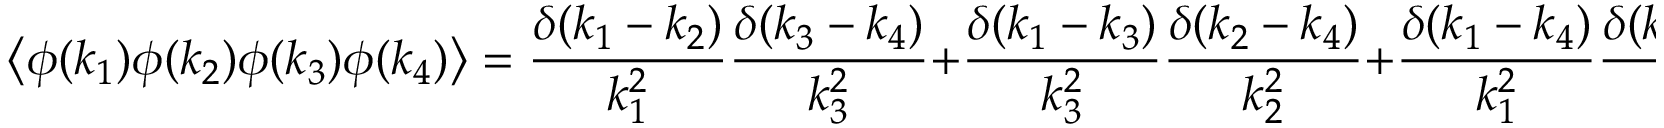
\left\langle \phi ( k _ { 1 } ) \phi ( k _ { 2 } ) \phi ( k _ { 3 } ) \phi ( k _ { 4 } ) \right\rangle = { \frac { \delta ( k _ { 1 } - k _ { 2 } ) } { k _ { 1 } ^ { 2 } } } { \frac { \delta ( k _ { 3 } - k _ { 4 } ) } { k _ { 3 } ^ { 2 } } } + { \frac { \delta ( k _ { 1 } - k _ { 3 } ) } { k _ { 3 } ^ { 2 } } } { \frac { \delta ( k _ { 2 } - k _ { 4 } ) } { k _ { 2 } ^ { 2 } } } + { \frac { \delta ( k _ { 1 } - k _ { 4 } ) } { k _ { 1 } ^ { 2 } } } { \frac { \delta ( k _ { 2 } - k _ { 3 } ) } { k _ { 2 } ^ { 2 } } }